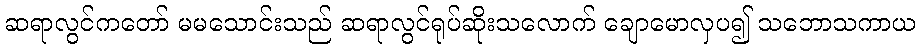
ဆရာလွင်ကတော် မမသောင်းသည် ဆရာလွင်ရုပ်ဆိုးသလောက် ချောမောလှပ၍ သဘောသကာယ